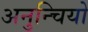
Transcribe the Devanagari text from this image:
अनुन्चियो